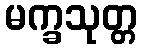
မက္ခသုတ္တ